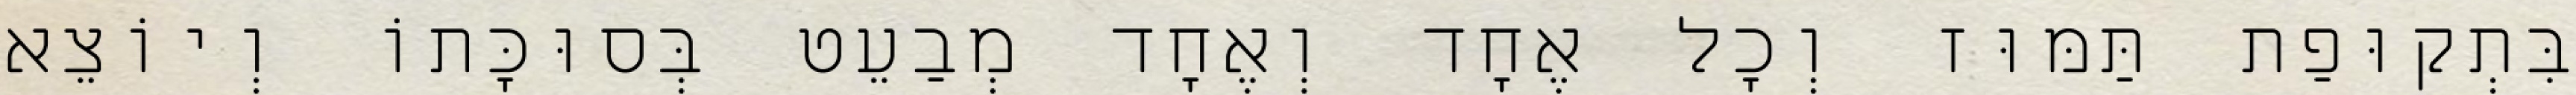
בִּתְקוּפַת תַּמּוּז וְכׇל אֶחָד וְאֶחָד מְבַעֵט בְּסוּכָּתוֹ וְיוֹצֵא